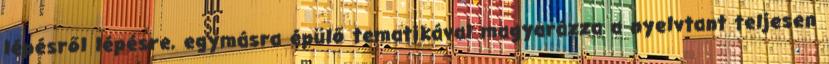
lépésről lépésre, egymásra épülő tematikával magyarázza a nyelvtant teljesen